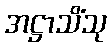
အဋ္ဌာသိံသု